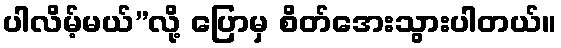
ပါလိမ့်မယ်”လို့ ပြောမှ စိတ်အေးသွားပါတယ်။